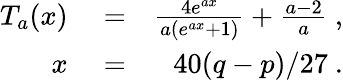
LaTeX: \begin{array}{rlr}{T_{a}(x)}&{{}=}&{\frac{4e^{ax}}{a(e^{ax}+1)}+\frac{a-2}{a}\ ,}\\ {x}&{{}=}&{40(q-p)/27\ .}\end{array}